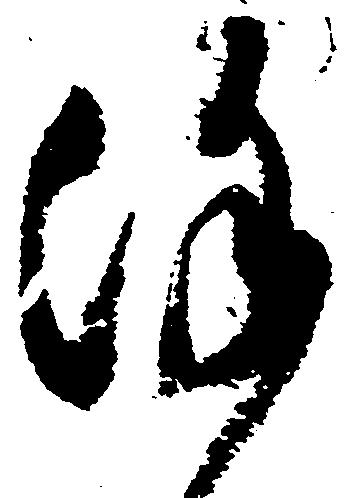
謹